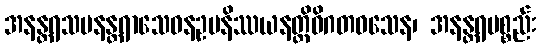
အနန္တရသမနန္တရာသေဝနဥပနိဿယနတ္ထိဝိဂတဝသေန၊ အနန္တရပစ္စည်း